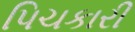
પિચકારી